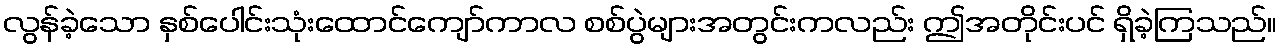
လွန်ခဲ့သော နှစ်ပေါင်းသုံးထောင်ကျော်ကာလ စစ်ပွဲများအတွင်းကလည်း ဤအတိုင်းပင် ရှိခဲ့ကြသည်။